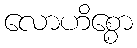
လောဟိစ္စော